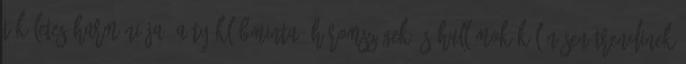
tökéletes harmóniája. A tyúklábminta, háromszögek és hullámok különösen trendinek